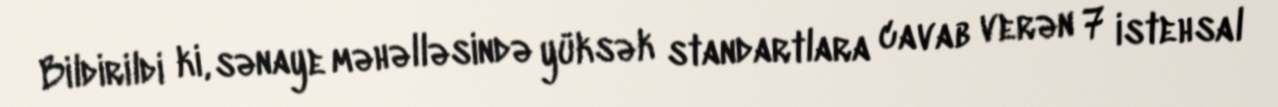
Bildirildi ki, sənaye məhəlləsində yüksək standartlara cavab verən 7 istehsal